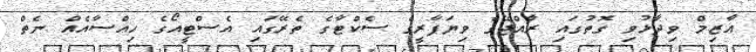
އާޒިމް ވިދާޅުވި ގޮތުގައި ރާއްޖޭގެ ވިޔަފާރީގެ ސެކްޓާގެ ތެރޭގައި އެސްޓީއޯގެ ހިއްސާއެއް ނެތް